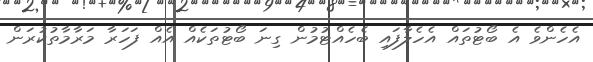
އެހެންވެ އެ ބޯޓުތައް އެހެލާފައި ބެހެއްޓުމުން ގިނަ ބޯޓުތަކެއް އެއް ފަހަރާ މަރާމާތުކުރަން